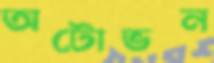
অটোভন